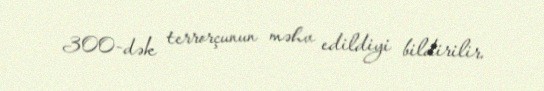
300-dək terrorçunun məhv edildiyi bildirilir.